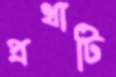
প্রথাটি